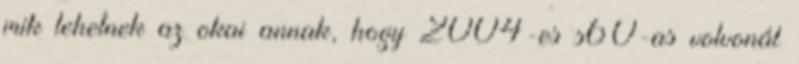
mik lehetnek az okai annak, hogy 2004-es s60-as volvonál